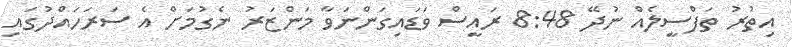
އިތުރު ތަފްސީލެއް ނުދޭ 8:48 ރައީސް ވަޑައިގަންނަވާ މަންޒަރު ނެގުމަށް އެ ސަރަހައްދުގައި